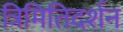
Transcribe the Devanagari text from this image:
त्रिमितिदर्शन